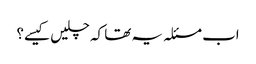
اب مسئلہ یہ تھا کہ چلیں کیسے؟